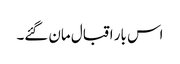
اس بار اقبال مان گئے۔